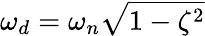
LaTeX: \omega_{d}=\omega_{n}\sqrt{1-\zeta^{2}}